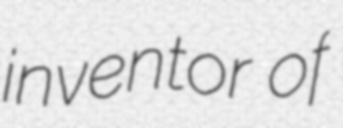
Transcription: inventor of